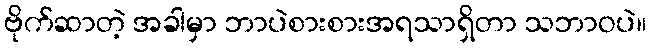
ဗိုက်ဆာတဲ့ အခါမှာ ဘာပဲစားစားအရသာရှိတာ သဘာဝပဲ။